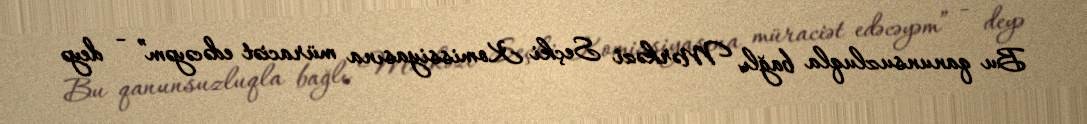
Bu qanunsuzluqla bağlı Mərkəzi Seçki Komissiyasına müraciət edəcəyəm” - deyə